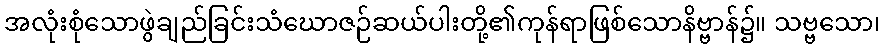
အလုံးစုံသောဖွဲချည်ခြင်းသံဃောဇဉ်ဆယ်ပါးတို့၏ကုန်ရာဖြစ်သောနိဗ္ဗာန်၌။ သဗ္ဗသော၊